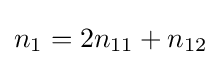
n_{1}=2n_{11}+n_{12}